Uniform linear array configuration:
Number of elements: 8
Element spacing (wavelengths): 0.5
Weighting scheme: cosine
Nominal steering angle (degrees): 30
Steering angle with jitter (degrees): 31.578
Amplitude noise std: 0.05
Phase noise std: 0.05

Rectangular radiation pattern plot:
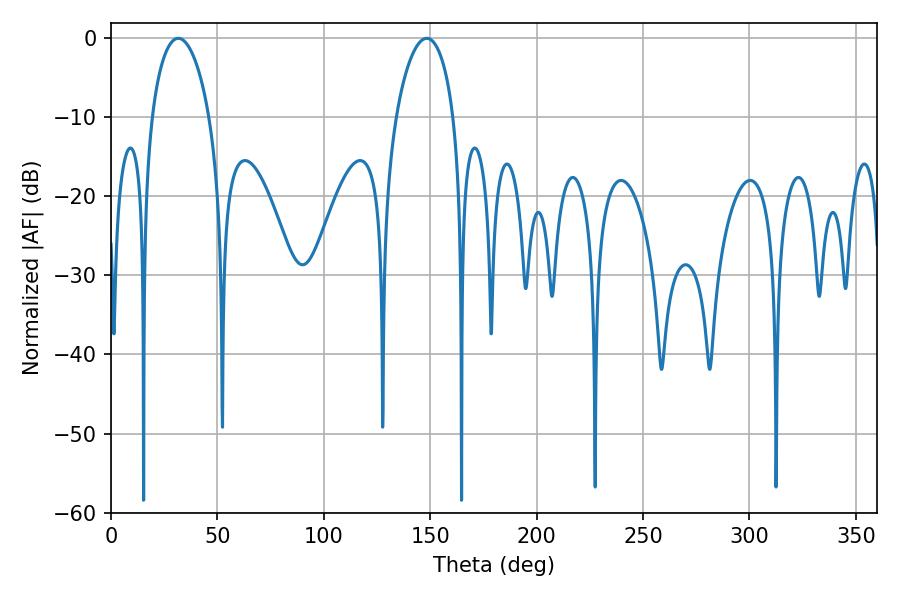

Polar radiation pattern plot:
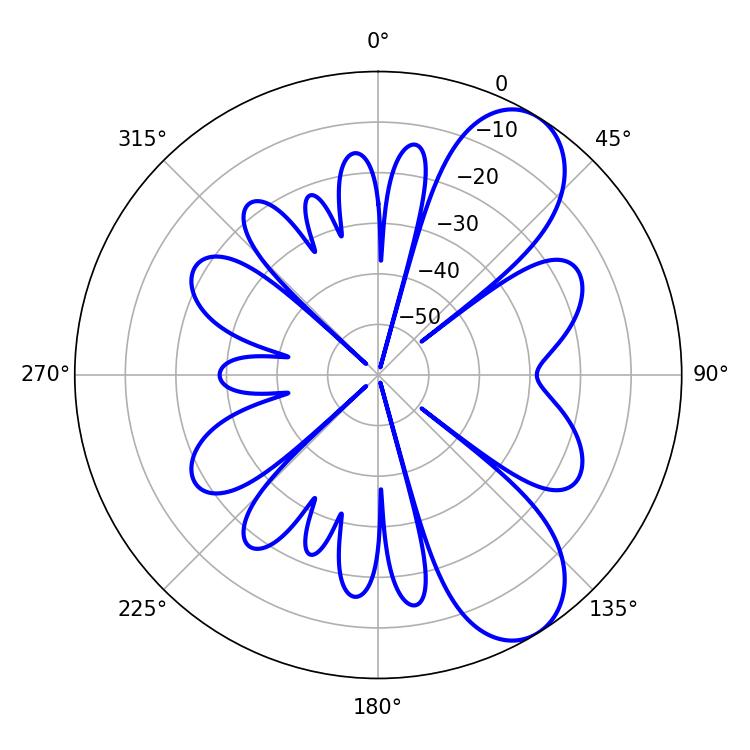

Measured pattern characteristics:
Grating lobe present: FALSE
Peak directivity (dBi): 8.218
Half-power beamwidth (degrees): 15.48
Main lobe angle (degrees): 31.68